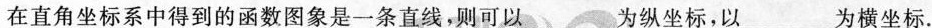
在直角坐标系中得到的函数图象是一条直线，则可以___为纵坐标，以___为横坐标。